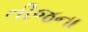
તીજના